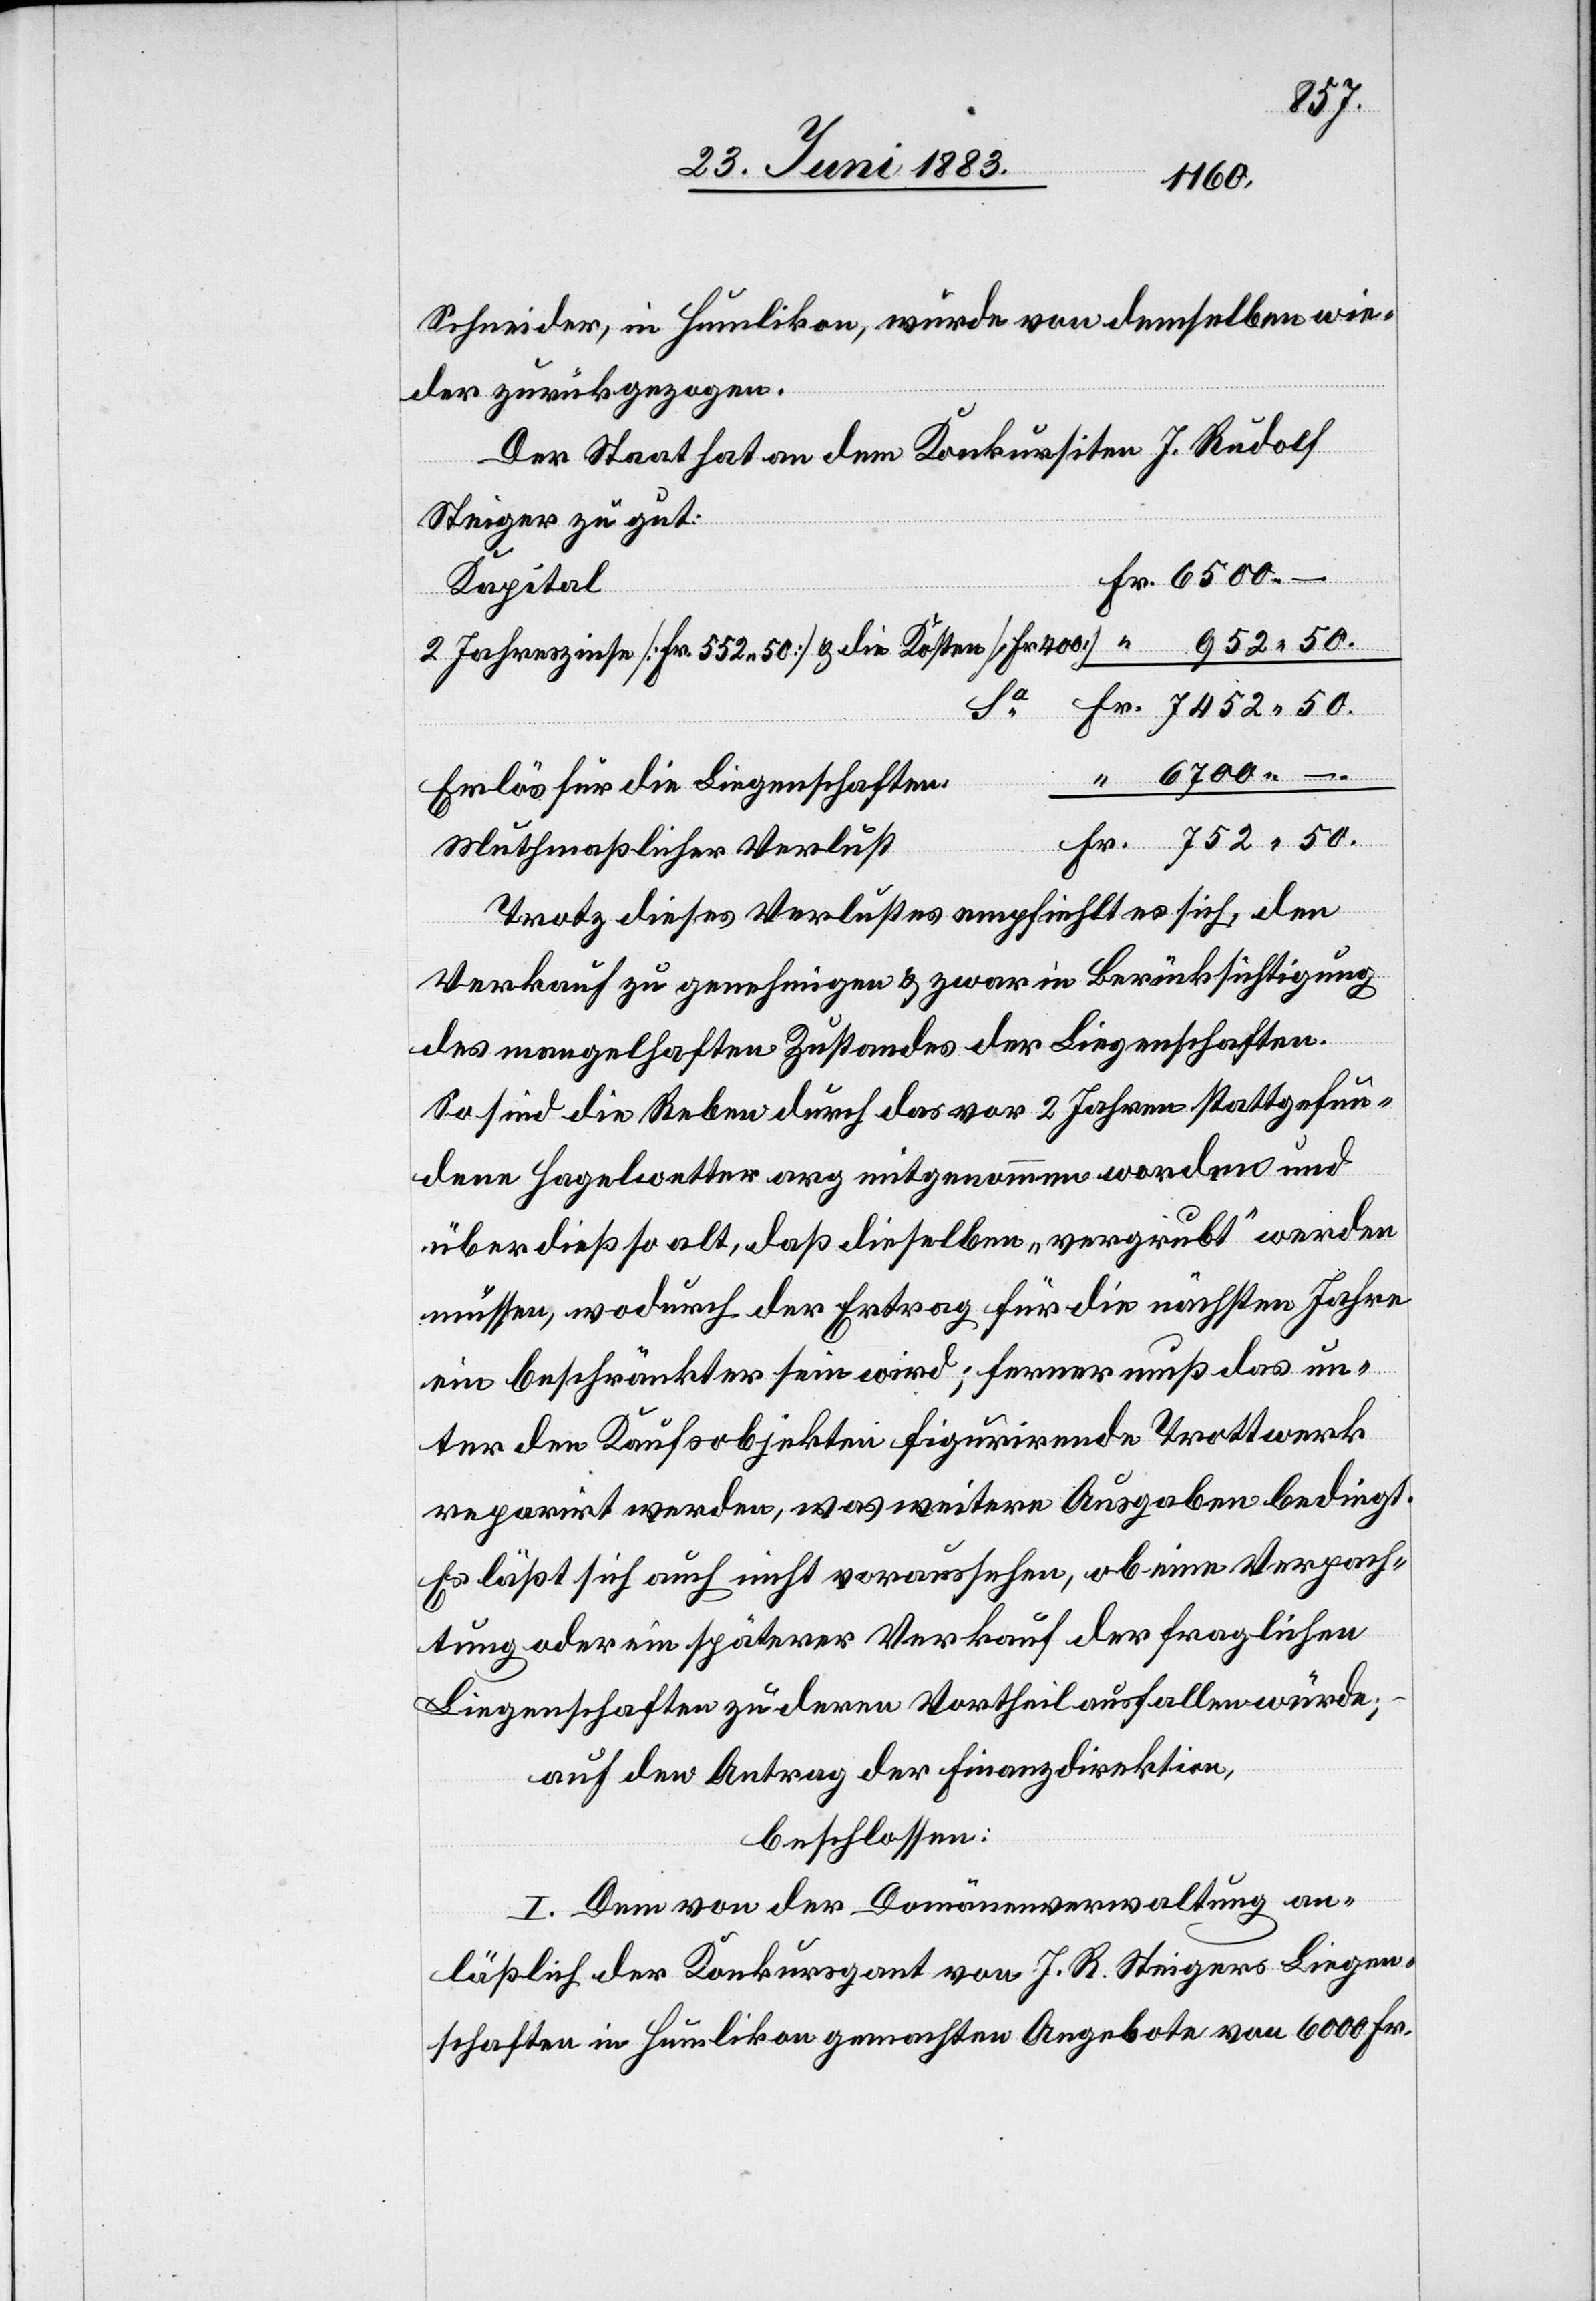
Schneider, in Humlikon, wurde von demselben wie¬
der zurückgezogen.
Der Staat hat an den Konkursiten J. Rudolf
Steiger zu gut:
Kapital
2 Jahreszinse [Fr. 552 50] & die Kosten [Fr. 400]
Erlös für die Liegenschaften
Muthmaßlicher Verlust
Trotz dieses Verlustes empfiehlt es sich, den
Verkauf zu genehmigen & zwar in Berücksichtigung
des mangelhaften Zustandes der Liegenschaften.
So sind die Reben durch das vor 2 Jahren stattgefun¬
dene Hagelwetter arg mitgenommen worden und
überdieß so alt, daß dieselben „vergrubt“ werden
müssen, wodurch der Ertrag für die nächsten Jahre
ein beschränkter sein wird; ferner muß das un¬
ter den Kaufsobjekten figurirende Trottwerk
reparirt werden, was weitere Ausgaben bedingt.
Es läßt sich auch nicht voraussehen, ob eine Verpach¬
tung oder ein späterer Verkauf der fraglichen
Liegenschaften zu deren Vortheil ausfallen würde;
auf den Antrag der Finanzdirektion,
beschlossen:
I. Dem von der Domänenverwaltung an¬
läßlich der Konkursgant von J. R. Steigers Liegen¬
schaften in Humlikon gemachten Angebote von 6000 Fr.